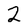
Character: 2